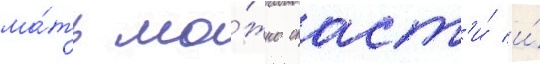
ма́ть мо́жно спаст'и́ и́